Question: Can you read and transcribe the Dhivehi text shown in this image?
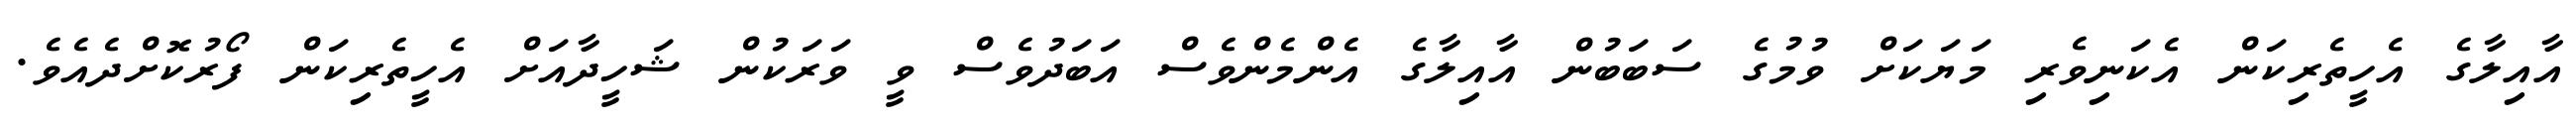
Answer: އާއިލާގެ އެހީތެރިކަން އެކަނިވެރި މަޔަކަށް ވުމުގެ ސަބަބުން އާއިލާގެ އެންމެންވެސް އަބަދުވެސް ވީ ވަރަކުން ޝަހީދާއަށް އެހީތެރިކަން ފޯރުކޮށްދެއެވެ.